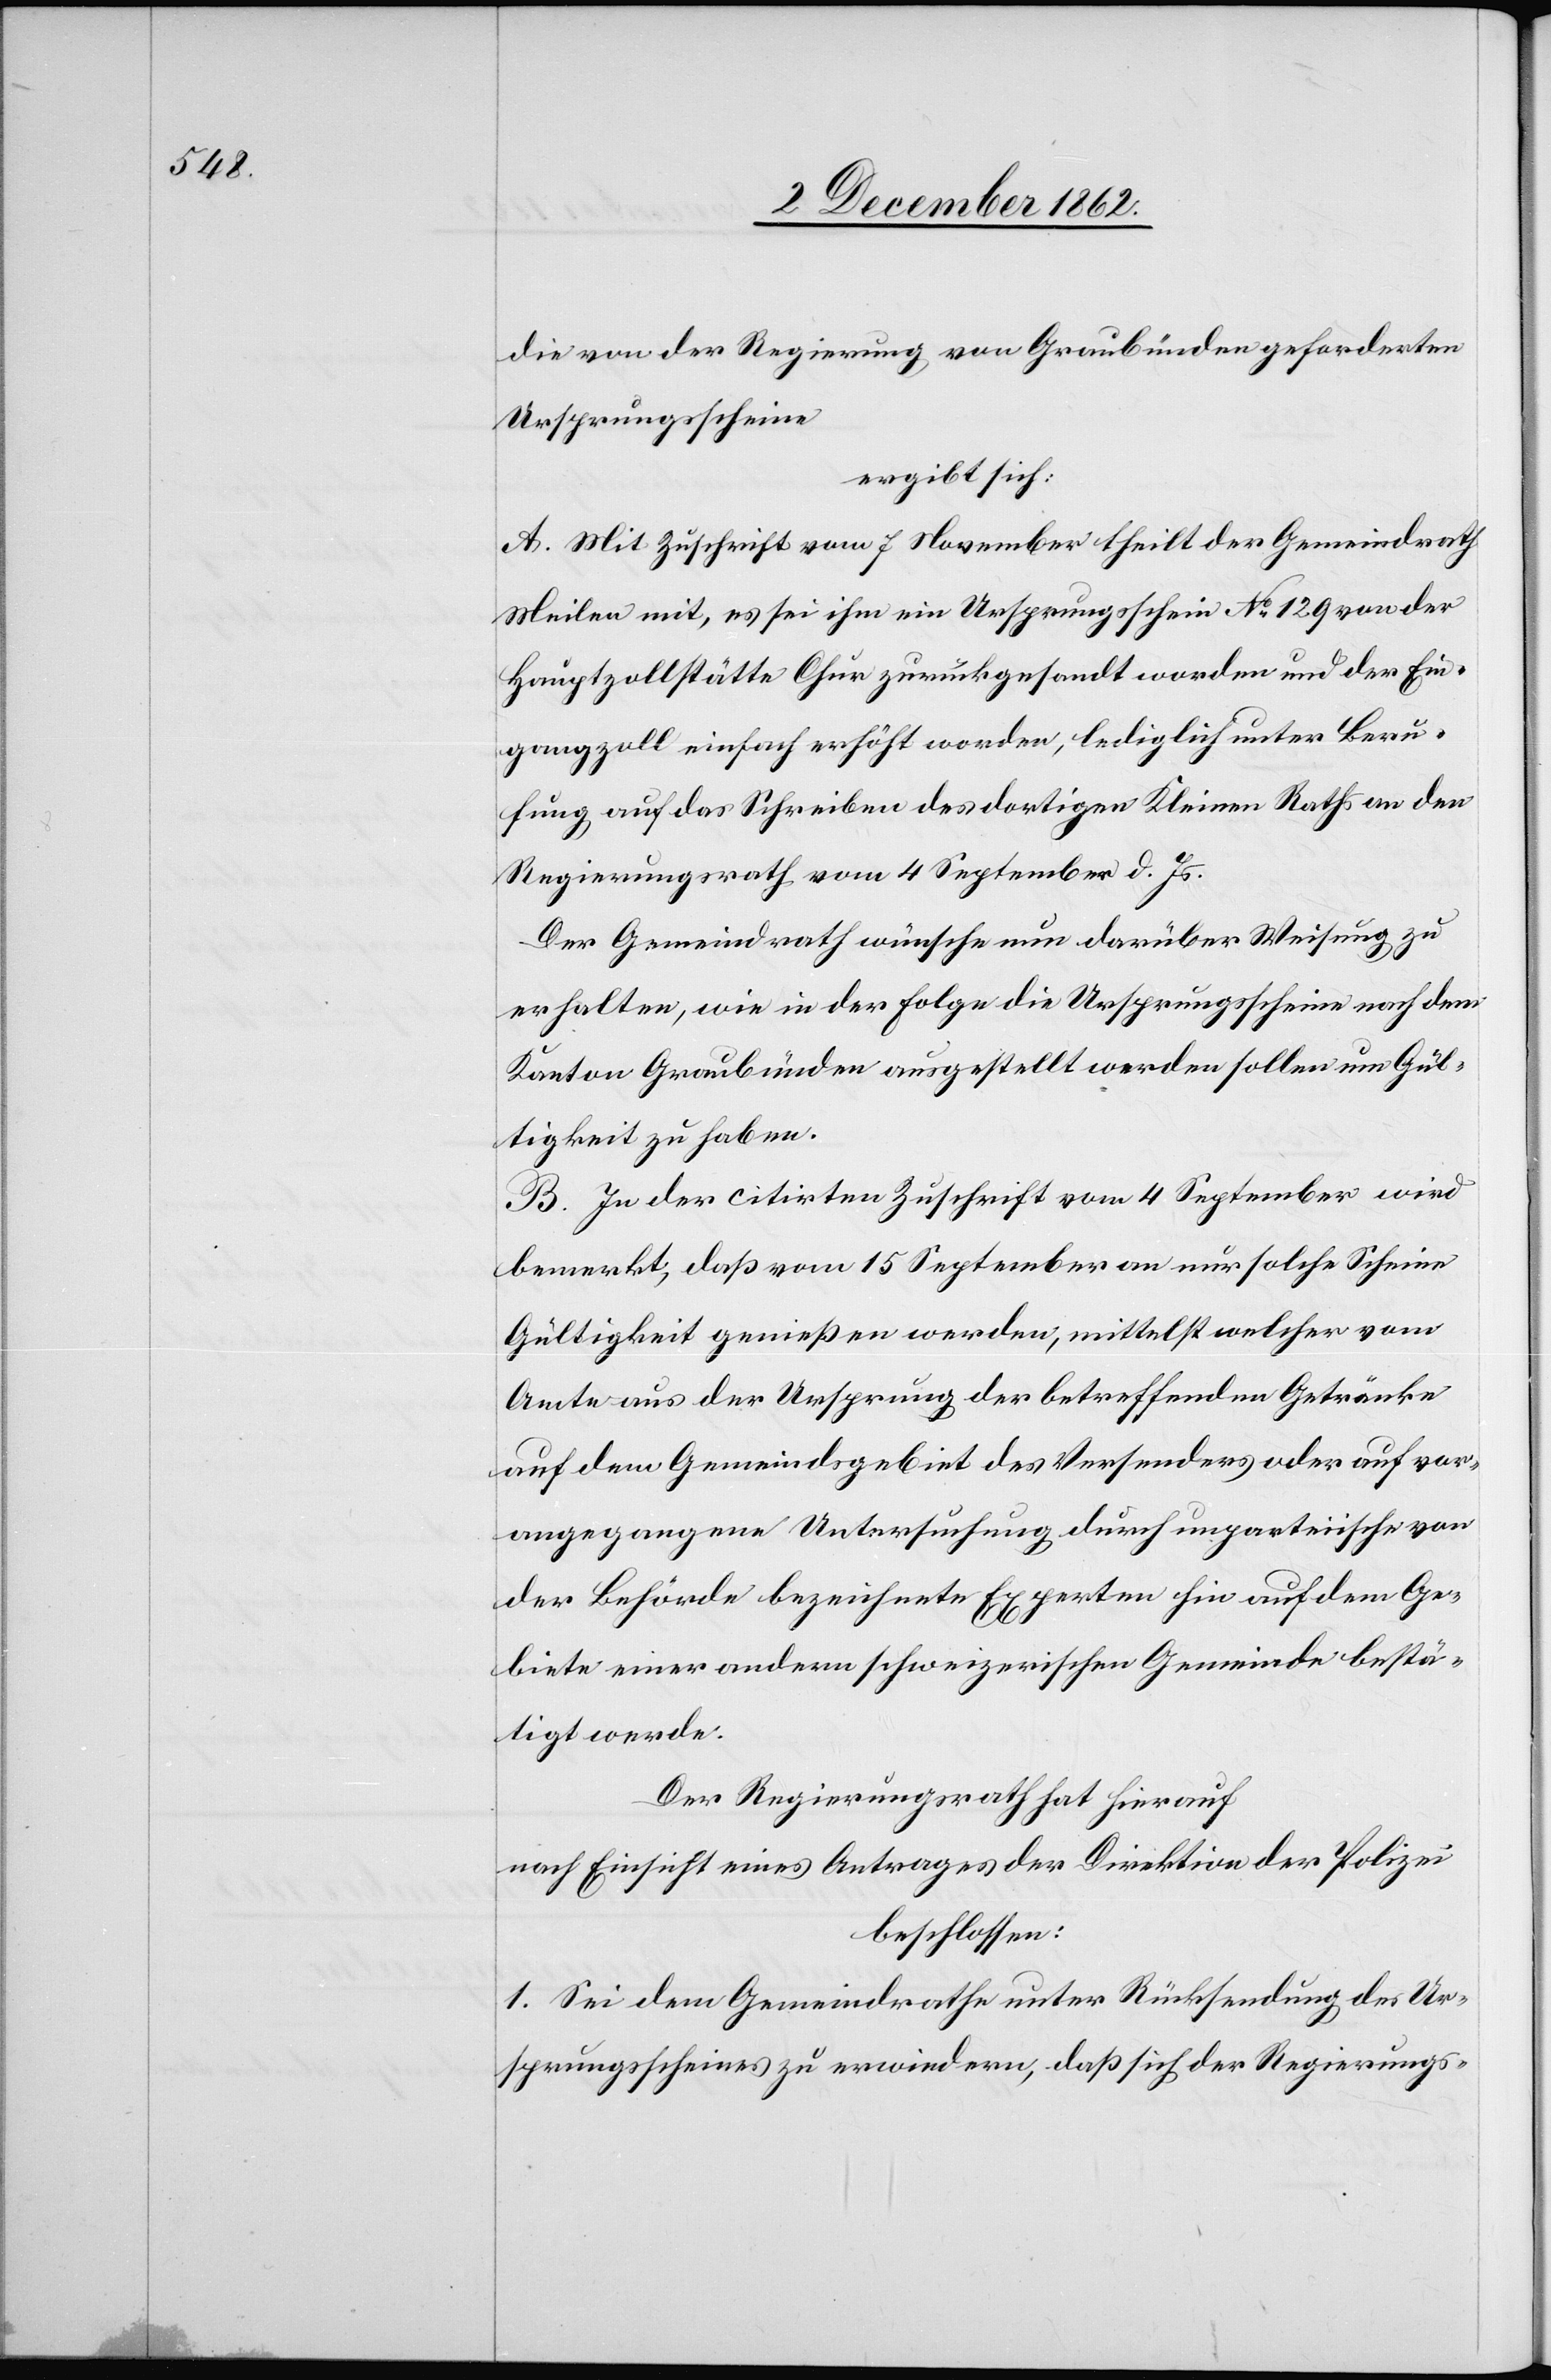
die von der Regierung von Graubünden geforderten
Ursprungsscheine
ergibt sich:
A. Mit Zuschrift vom 7. November theilt der Gemeindrath
Meilen mit, es sei ihm ein Ursprungsschein No 129 von der
Hauptzollstätte Chur zurückgesandt worden und der Ein¬
gangzoll einfach erhöht worden, lediglich unter Beru¬
fung auf das Schreiben des dortigen Kleinen Raths an den
Regierungsrath vom 4. September d. Js.
Der Gemeindrath wünsche nun darüber Weisung zu
erhalten, wie in der Folge die Ursprungsscheine nach dem
Kanton Graubünden ausgestellt werden sollen um Gül¬
tigkeit zu haben.
B. In der citirten Zuschrift vom 4. September wird
bemerkt, daß vom 15. September an nur solche Scheine
Gültigkeit genießen werden, mittelst welcher vom
Amte aus der Ursprung der betreffenden Getränke
auf dem Gemeindsgebiet des Versenders oder auf vor¬
angegangene Untersuchung durch unparteiische von
der Behörde bezeichnete Experten hin auf dem Ge¬
biete einer andern schweizerischen Gemeinde bestä¬
tigt werde.
Der Regierungsrath hat hierauf
nach Einsicht eines Antrages der Direktion der Polizei
beschlossen:
1. Sei dem Gemeindrathe unter Rücksendung des Ur¬
sprungsscheines zu erwiedern, daß sich der Regierungs-